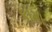
કોમા